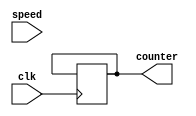
`timescale 1ns / 1ps

module bit8_speed_counter_1bit1sec(
    input [3:0] speed,
    input clk,
    output [7:0] counter
    
    );

    reg [7:0] reg_counter;
    reg [7:0] clk_counter;
    reg count_direction;

    initial begin
        reg_counter = 0;
        count_direction = 1'b1; //0 biti aaya doru sayyor
        clk_counter = 0;
    end

    always @ (posedge clk) begin
        //sayac artr
        clk_counter <= clk_counter + 1;

        if (speed == 1) begin
            if (clk_counter == 100000000) begin
                clk_counter <= 0;
                if(count_direction == 1)begin
                        reg_counter <= reg_counter + 1;
                    end
                    if(count_direction == 0)begin
                        reg_counter <= reg_counter - 1;
                    end
            end
            else begin
                if (reg_counter == 0)begin
                    count_direction <= 1;
                end
                else if (reg_counter == 8'b11111111) begin
                    count_direction <= 0;
                end  
            end
        end

        if (speed == 4) begin
            if (clk_counter == 100000000) begin
                clk_counter <= 0;
                if(count_direction == 1)begin
                        reg_counter <= reg_counter + 4;
                    end
                    if(count_direction == 0)begin
                        reg_counter <= reg_counter - 4;
                    end
            end
            else begin
                if (reg_counter == 0)begin
                    count_direction <= 1;
                end
                else if (reg_counter == 8'b11111111) begin
                    count_direction <= 0;
                end                
            end
        end


        end //always end

        

    assign counter = reg_counter;

endmodule